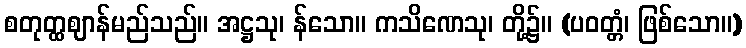
စတုတ္ထဈာန်မည်သည်။ အဋ္ဌသု၊ န်သော။ ကသိဏေသု၊ တို့၌။ (ပဝတ္တံ၊ ဖြစ်သော။)